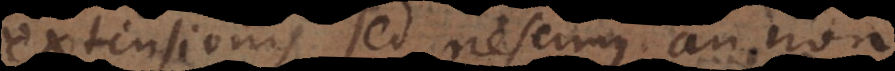
extensionis, sed nescimus an non